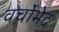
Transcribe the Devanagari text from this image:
वर्चोभेद